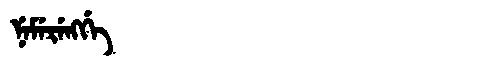
Manchu: ᠨᡝᠮᡝᡵᡝᠩᡤᡝ
Romanization: NEMERENGGE